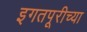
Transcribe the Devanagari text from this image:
इगतपूरीच्या